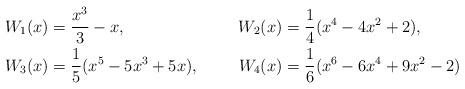
LaTeX: \begin{align*}W_1(x)&= \frac{x^3}{3}-x,&W_2(x) &= \frac{1}{4}(x^4-4 x^2+2), \\W_3(x) &= \frac{1}{5}(x^5-5 x^3+5 x),&W_4(x)&=\frac{1}{6}(x^6-6 x^4+9 x^2 -2)\end{align*}